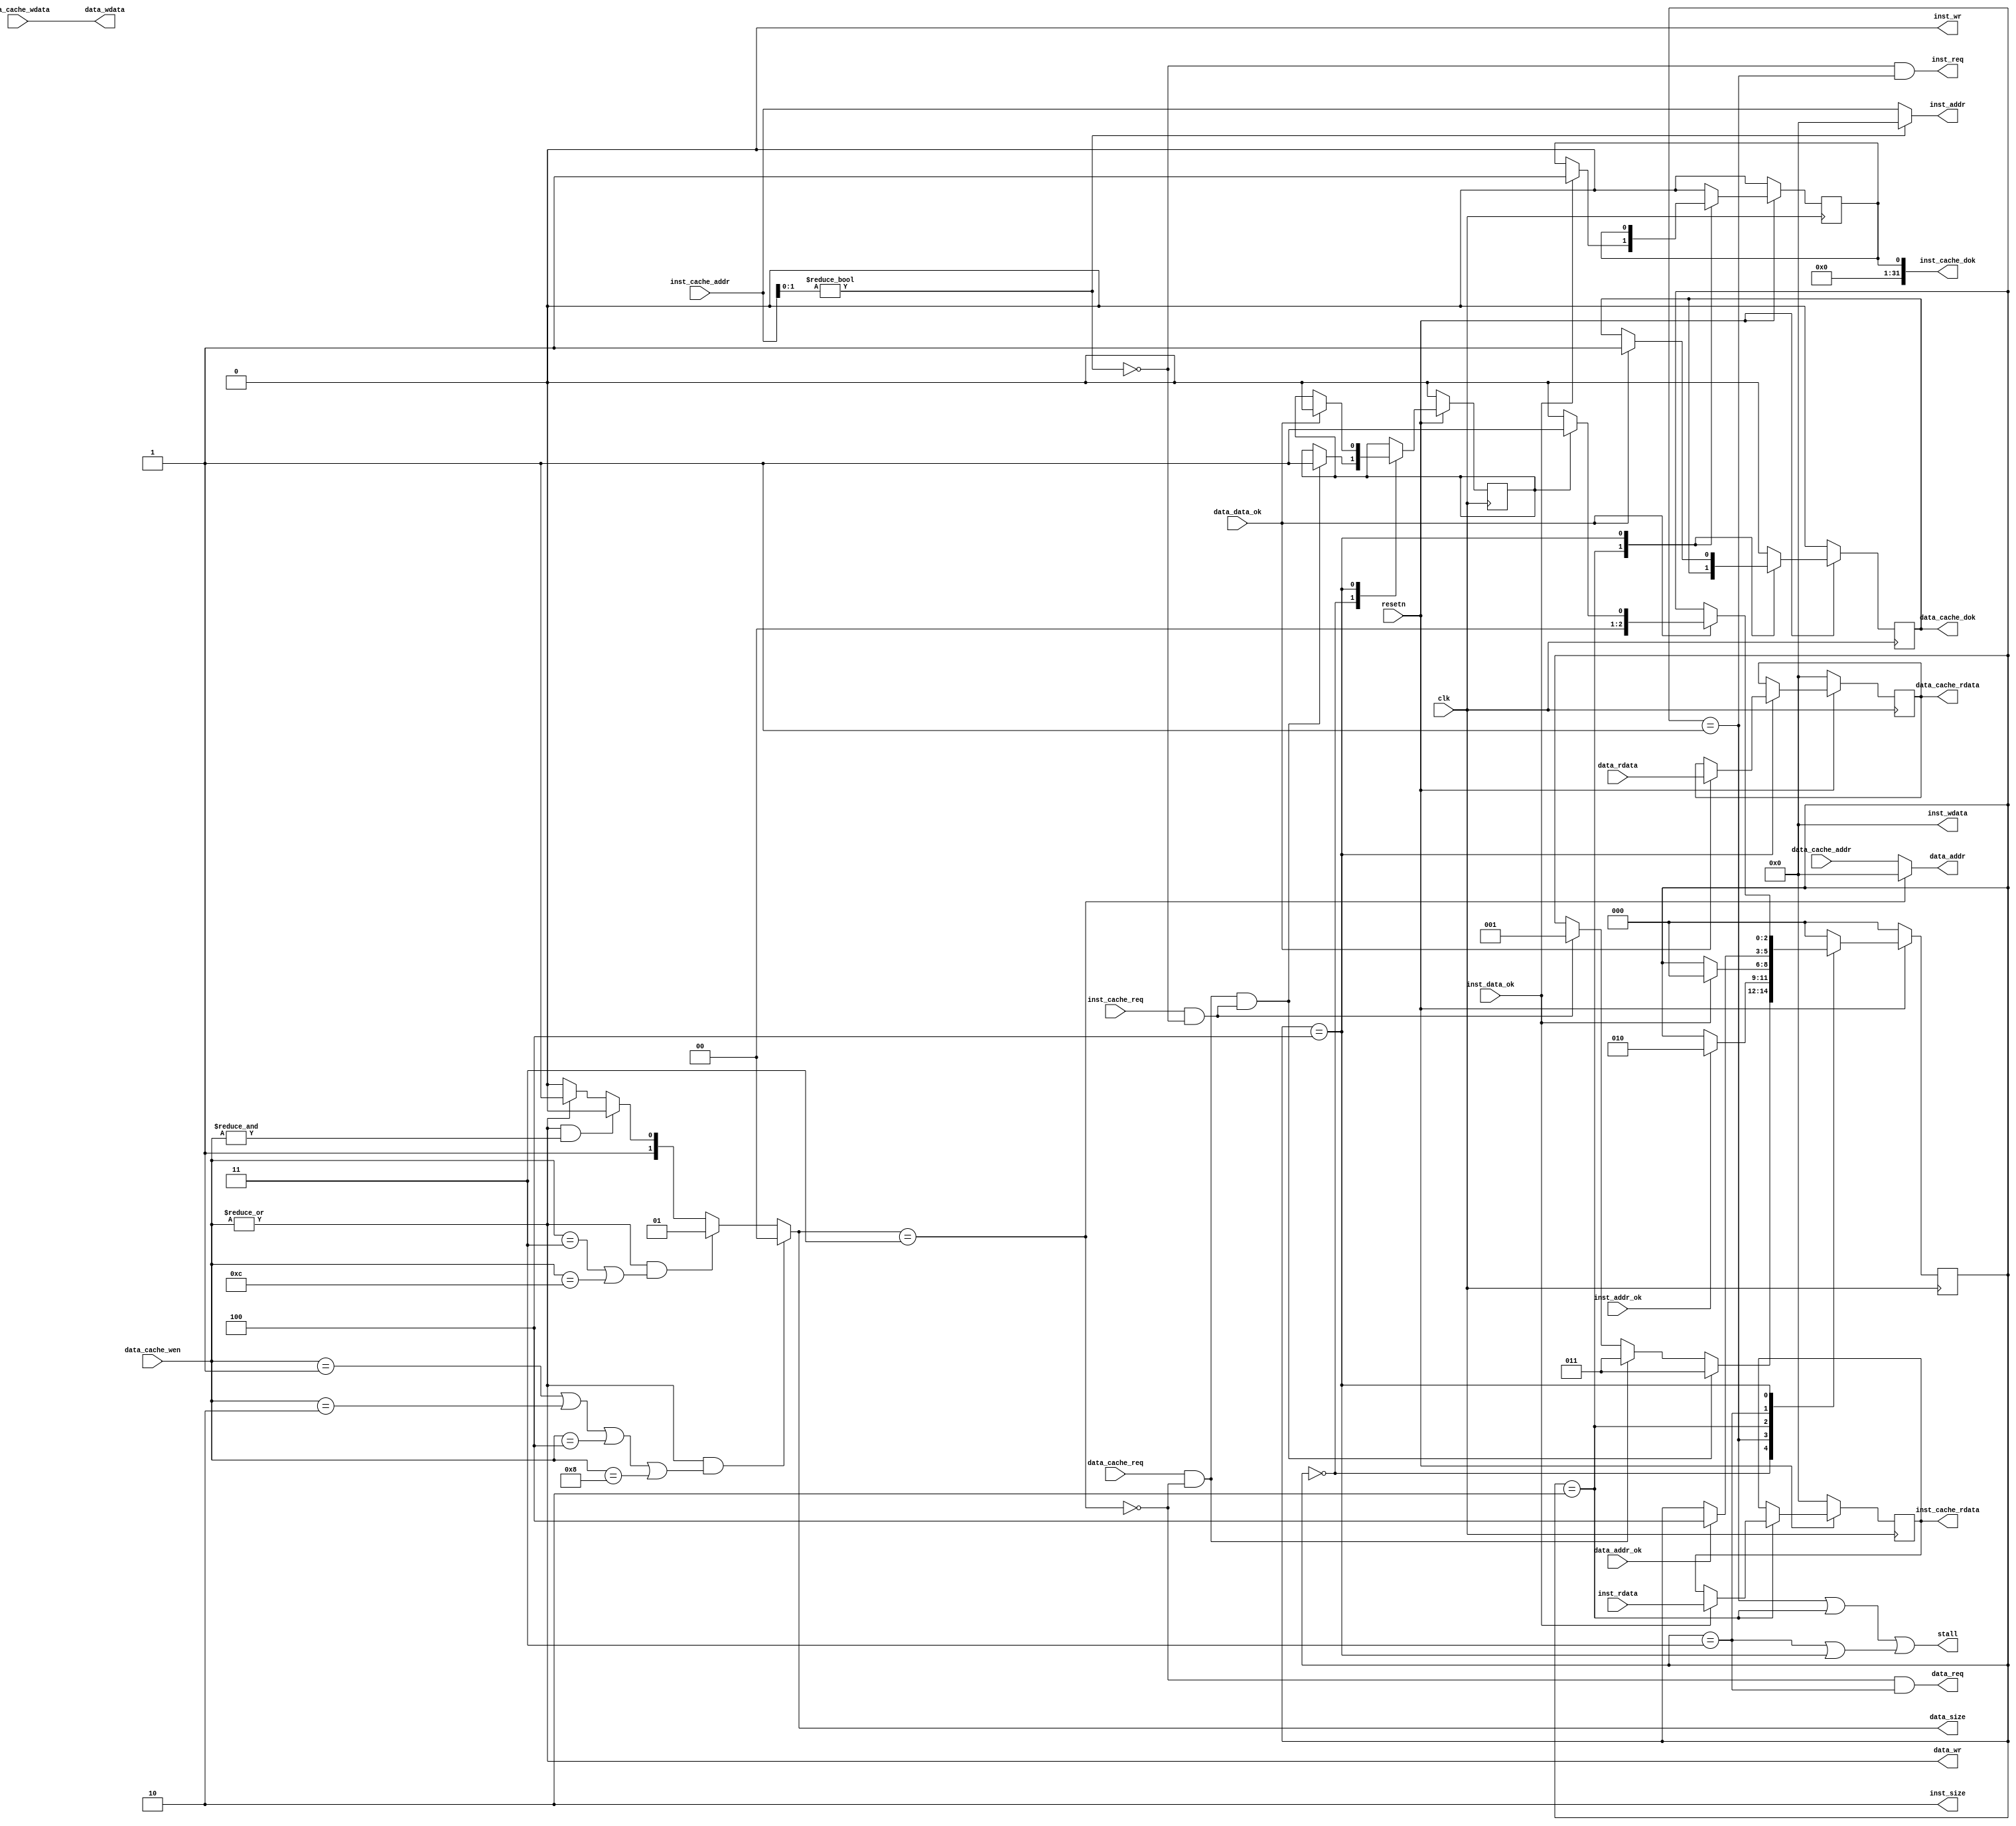
module arbitrater(
    input  wire        clk,
    input  wire        resetn,

    output wire        stall,
    //to cache
    input  wire        inst_cache_req  ,
    input  wire [31:0] inst_cache_addr ,
    output wire [31:0] inst_cache_rdata,
    output wire [31:0] inst_cache_dok  ,

    input  wire        data_cache_req  ,
    input  wire [ 3:0] data_cache_wen  ,
    input  wire [31:0] data_cache_addr ,
    input  wire [31:0] data_cache_wdata,
    output wire [31:0] data_cache_rdata,
    output wire        data_cache_dok  ,

    //to bus
    output wire        inst_req,    //
    output wire        inst_wr,
    output wire [1 :0] inst_size,
    output wire [31:0] inst_addr,
    output wire [31:0] inst_wdata,
    input  wire [31:0] inst_rdata,  //
    input  wire        inst_addr_ok,//
    input  wire        inst_data_ok,//

    output wire        data_req,
    output wire        data_wr,
    output wire [1 :0] data_size,
    output wire [31:0] data_addr,
    output wire [31:0] data_wdata,  
    input  wire [31:0] data_rdata,
    input  wire        data_addr_ok,
    input  wire        data_data_ok 
);
    wire inst_addr_exception, data_addr_exception;
    reg [31:0] inst_save_rdata,data_save_rdata;
    reg write_and_read;


    assign inst_cache_rdata = inst_save_rdata;
    assign data_cache_rdata = data_save_rdata;

    //output to bus
    assign inst_addr_exception = (inst_cache_addr[1:0]!=2'b00);
    assign data_addr_exception = (data_size==2'b11);
        //instr
    assign inst_wr = 1'b0;
    assign inst_size = 2'b10;
    assign inst_wdata = 32'b0;
    assign inst_addr = (~inst_addr_exception)?inst_cache_addr:32'b0;
        //data
    assign data_addr = (~data_addr_exception)?data_cache_addr:32'b0;
    assign data_wdata = data_cache_wdata;
    assign data_wr = |data_cache_wen;
    assign data_size = data_wr && (data_cache_wen == 4'b0001 ||data_cache_wen == 4'b0010 || data_cache_wen == 4'b0100 || data_cache_wen == 4'b1000 )?2'b00:
                       data_wr && (data_cache_wen == 4'b0011 ||data_cache_wen == 4'b1100 )?2'b01:
                       data_wr && (&data_cache_wen)?2'b10:
                       ~data_wr?2'b10:2'b11; //2'b11 exception



    parameter [2:0] RUN = 0, INST= 1, INST_AOK= 2, DATA = 3, DATA_AOK = 4;
    reg [2:0] state;
    always @(posedge clk) begin
        if(~resetn) begin
            state <= RUN;
            write_and_read <= 1'b0;
        end
        else begin
            case(state)
                RUN: begin
                    if( (data_cache_req && ~data_addr_exception) && (inst_cache_req && ~inst_addr_exception)) begin  //priority
                        state <= DATA;
                        write_and_read <= 1'b1;
                    end
                    else if(data_cache_req && ~data_addr_exception) begin  //priority
                        state <= DATA;
                    end
                    else if(inst_cache_req && ~inst_addr_exception) begin
                        state <= INST;
                    end
                end
                INST: begin
                    if(inst_addr_ok) begin
                        state <= INST_AOK;
                    end
                end
                INST_AOK: begin
                    if(inst_data_ok) begin
                        state <= RUN;
                    end
                end
                DATA: begin
                    if(data_addr_ok) begin
                        state <= DATA_AOK;
                    end
                end
                DATA_AOK: begin
                    if(data_data_ok) begin
                        if(write_and_read) begin
                            state <= INST;
                            write_and_read <= 1'b0;
                        end
                        else begin
                            state <= RUN;
                        end
                    end
                end
                default: state <= RUN;
            endcase
        end
    end

    reg inst_dok, data_dok;     //return to cache
    assign inst_cache_dok = inst_dok;
    assign data_cache_dok = data_dok;

    always @(posedge clk) begin
        if(~resetn) begin
            data_save_rdata <= 32'b0;
            inst_save_rdata <= 32'b0;
            inst_dok        <= 1'b0;
            data_dok        <= 1'b0;
        end
        else begin
            case(state)
                INST_AOK: begin
                    if(inst_data_ok) begin
                        inst_save_rdata <= inst_rdata;
                        inst_dok <= 1'b1;
                    end
                end
                DATA_AOK: begin
                    if(data_data_ok) begin
                        data_save_rdata <= data_rdata;
                        data_dok <= 1'b1;
                    end
                end
                default: begin
                    data_save_rdata <= data_save_rdata;
                    inst_save_rdata <= inst_save_rdata;
                    inst_dok        <= 1'b0;
                    data_dok        <= 1'b0;
                end
            endcase
        end
    end

    wire inst_stall, data_stall;

    assign inst_stall = (state == INST || state == INST_AOK);
    assign data_stall = (state == DATA || state == DATA_AOK);
    assign stall = inst_stall || data_stall;

    assign inst_req = ~inst_addr_exception && (state == INST);
    assign data_req = ~data_addr_exception && (state == DATA);

endmodule